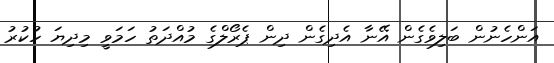
އަންހެނުން ބަލިވެގެން އޭނާ އެދިގެން ދިން ޕެރޯލްގެ މުއްދަތު ހަމަވީ މިދިޔަ ހުކުރު